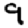
Digit: 9